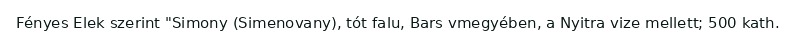
Fényes Elek szerint "Simony (Simenovany), tót falu, Bars vmegyében, a Nyitra vize mellett; 500 kath.